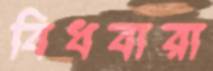
বিধবারা